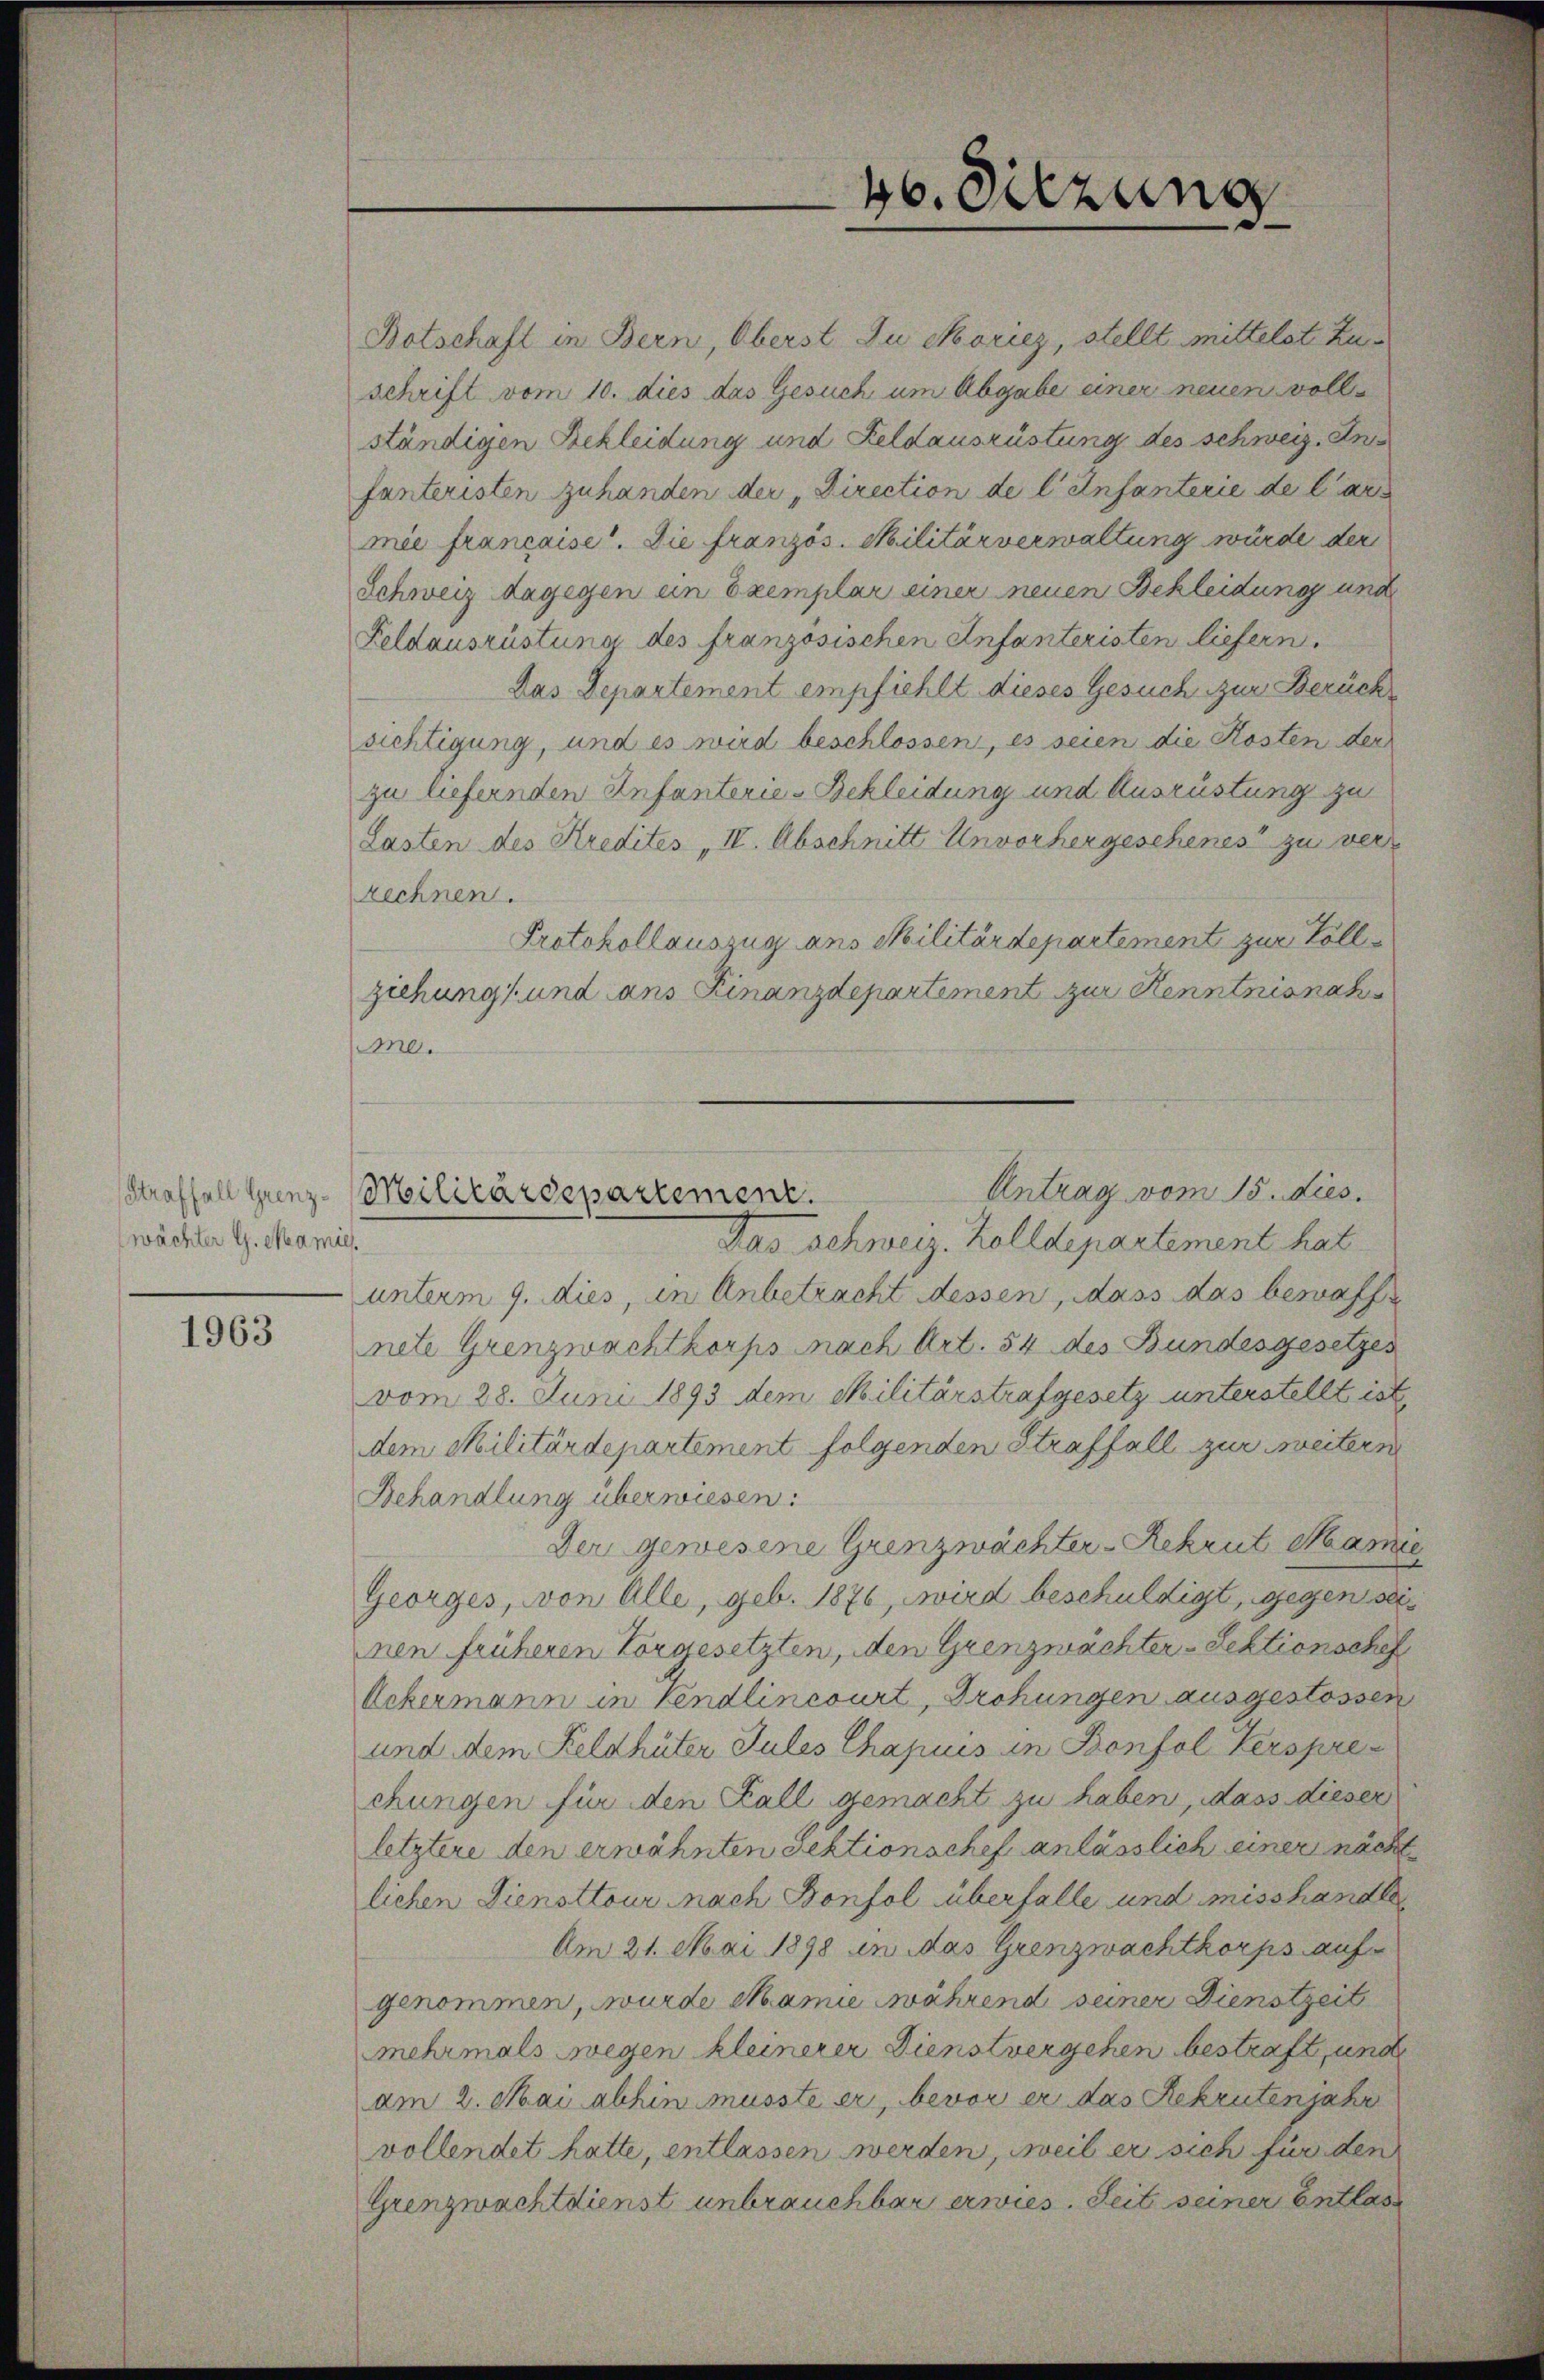
Straffall Grenzwächter G. Meamie

1963

Botschaft in Bern, Oberst Du Moricz, stellt mittelst Zu
schrift vom 10. dies das Gesuch um Abgabe einer neuen volle
ständigen Bekleidung und Feldausrüstung des schweiz. In
fanteristen zuhanden der „Direction de l’enfanterie de lar
mie française. Die französ. Militärverwaltung würde der
Schweiz dagegen ein Exemplar einer neuen Bekleidung und
Feldausrüstung des französischen Infanteristen liefern.
Das Departement empfiehlt dieses Gesuch zur Berück
sichtigung, und es wird beschlossen, es seien die Kosten der
zu liefernden Anfanterie-Bekleidung und Ausrüstung zu
Lasten des Kredites „IV. Abschnitt Unvorhergeschenes“ zu ver-
rechnen.
Protokollauszug aus Militärdepartement zur Vollziehung (und ans Finanzdepartement zur Kenntnisnatur
me.
Das Schweiz. Zolldepartement hat
unterm 9. dies, in Anbetracht dessen, dass das bewaff
nete Grenzwachtkorps nach Art. 54 des Bundesgesetzes
vom 28. Juni 1893 dem Militärstrafgesetz unterstellt ist
dem Militärdepartement folgenden Straffall zur weitern
Behandlung überwiesen:
Der gewesene Grenzwächter-Rekrut Mari
Georges, von Alle, geb. 1876, wird beschuldigt, gegens
nen früheren Vorgesetzten, den Grenzwächter - Sektionschef
Ockermann in Vendlincourt, Drohungen ausgestossen
und dem Feldhüter Jules Chajus in Bonfol Verspre-
chungen für den Fall gemacht zu haben, dass dieser
letztere den erwähnten Sektionschef anlässlich einer nächt
lichen Diensttour nach Bonfol überfalle und misshandle
Am 21. Mai 1898 in das Grenzwachtkorps auf
genommen, wurde Mamie während seiner Dienstzeit
mehrmals wegen kleinerer Dienstvergehen bestraft, und
am 2. Mai abhin musste er, bevor er das Rekrutenjahr
vollendet hatte, entlassen werden, weil er sich für den
Grenzwachtdienst unbrauchbar erwies. Seit seiner Entlass

46. Sitzung

Antrag vom 15. dies.
Militärdepartement.